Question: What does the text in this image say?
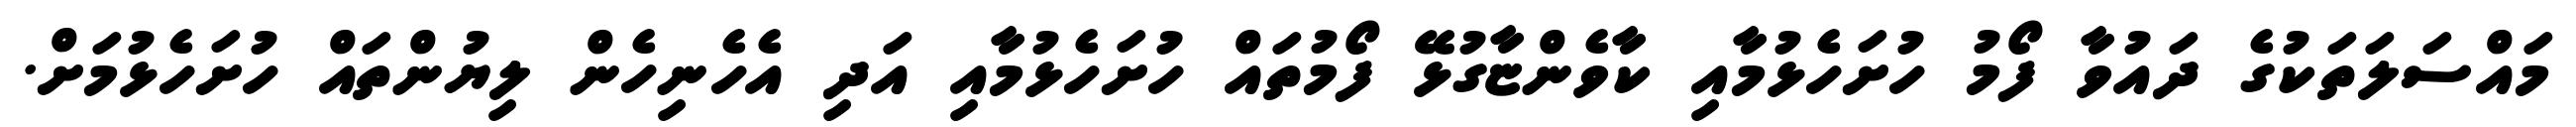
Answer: މައްސަލަތަކުގެ ދައުވާ ފޯމު ހުށަހެޅުމާއި ކާވެންޏާގުޅޭ ފޯމުތައް ހުށަހެޅުމާއި އަދި އެހެނިހެން ލިޔުންތައް ހުށަހެޅުމަށް.